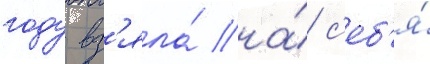
году вз'яла́ на́ с'еб'я́